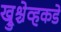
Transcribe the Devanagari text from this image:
ख्रुश्चेव्हकडे